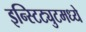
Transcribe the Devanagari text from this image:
इन्स्टिट्युटमध्ये